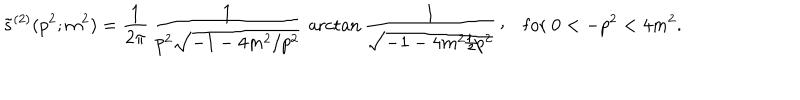
LaTeX: \tilde { s } ^ { ( 2 ) } ( p ^ { 2 } ; m ^ { 2 } ) = { \frac { 1 } { 2 \pi } } \, { \frac { 1 } { p ^ { 2 } \sqrt { - 1 - 4 m ^ { 2 } / p ^ { 2 } } } } \, \operatorname { a r c t a n } { \frac { 1 } { \sqrt { - 1 - 4 m ^ { 2 } / p ^ { 2 } } } } \, \raise 2 p t \mathrm { , } \quad \mathrm { f o r } \ 0 < - p ^ { 2 } < 4 m ^ { 2 } .